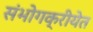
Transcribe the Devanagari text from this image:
संभोगक्रीयेत